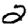
Digit: 2